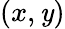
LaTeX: \left(x,\mathit{y}\right)